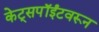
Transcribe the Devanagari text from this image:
केट्सपॉईंटवरून